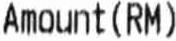
AMOUNT(RM)